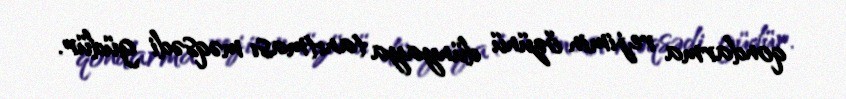
qondarma rejimin özünü dünyaya tanıtması məqsədi güdür.